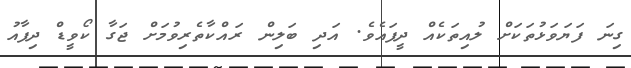
ގިނަ ފަޔަވަޅުތަކަށް ލުއިތަކެއް ދީފައެވެ. އަދި ބަލިން ރައްކާތެރިވުމަށް ޖަގާ ކޯވީޑް ދިފާއު